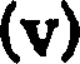
(v)